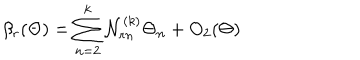
\beta _ { r } ( \Theta ) = \sum _ { n = 2 } ^ { k } { \cal N } _ { r n } ^ { ( k ) } \Theta _ { n } + O _ { 2 } ( \Theta )